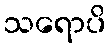
သရောပိ